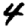
Digit: 4